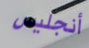
أنجليس